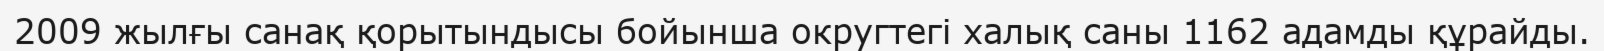
2009 жылғы санақ қорытындысы бойынша округтегі халық саны 1162 адамды құрайды.